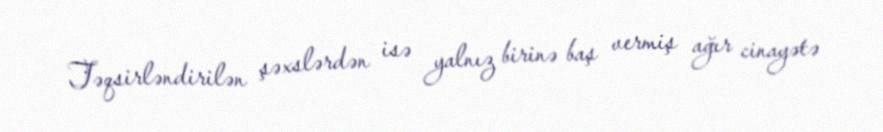
Təqsirləndirilən şəxslərdən isə yalnız birinə baş vermiş ağır cinayətə